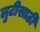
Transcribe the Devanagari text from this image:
लुटीसाठी